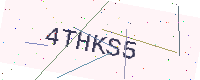
Text: 4THKS5